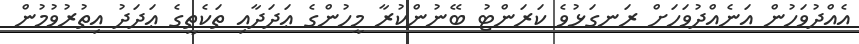
އެއްދުވަހުން އަނެއްދުވަހަށް ރަނގަޅުވެ ކަރަންޓު ބޭނުންކުރާ މީހުންގެ ޢަދަދާއި ތަކެތީގެ ޢަދަދު އިތުރުވުމުން